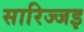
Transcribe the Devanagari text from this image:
सारिज्जइ